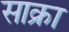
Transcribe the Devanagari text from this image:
साक्रा